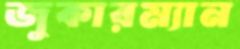
জুকারম্যান